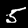
Digit: 5